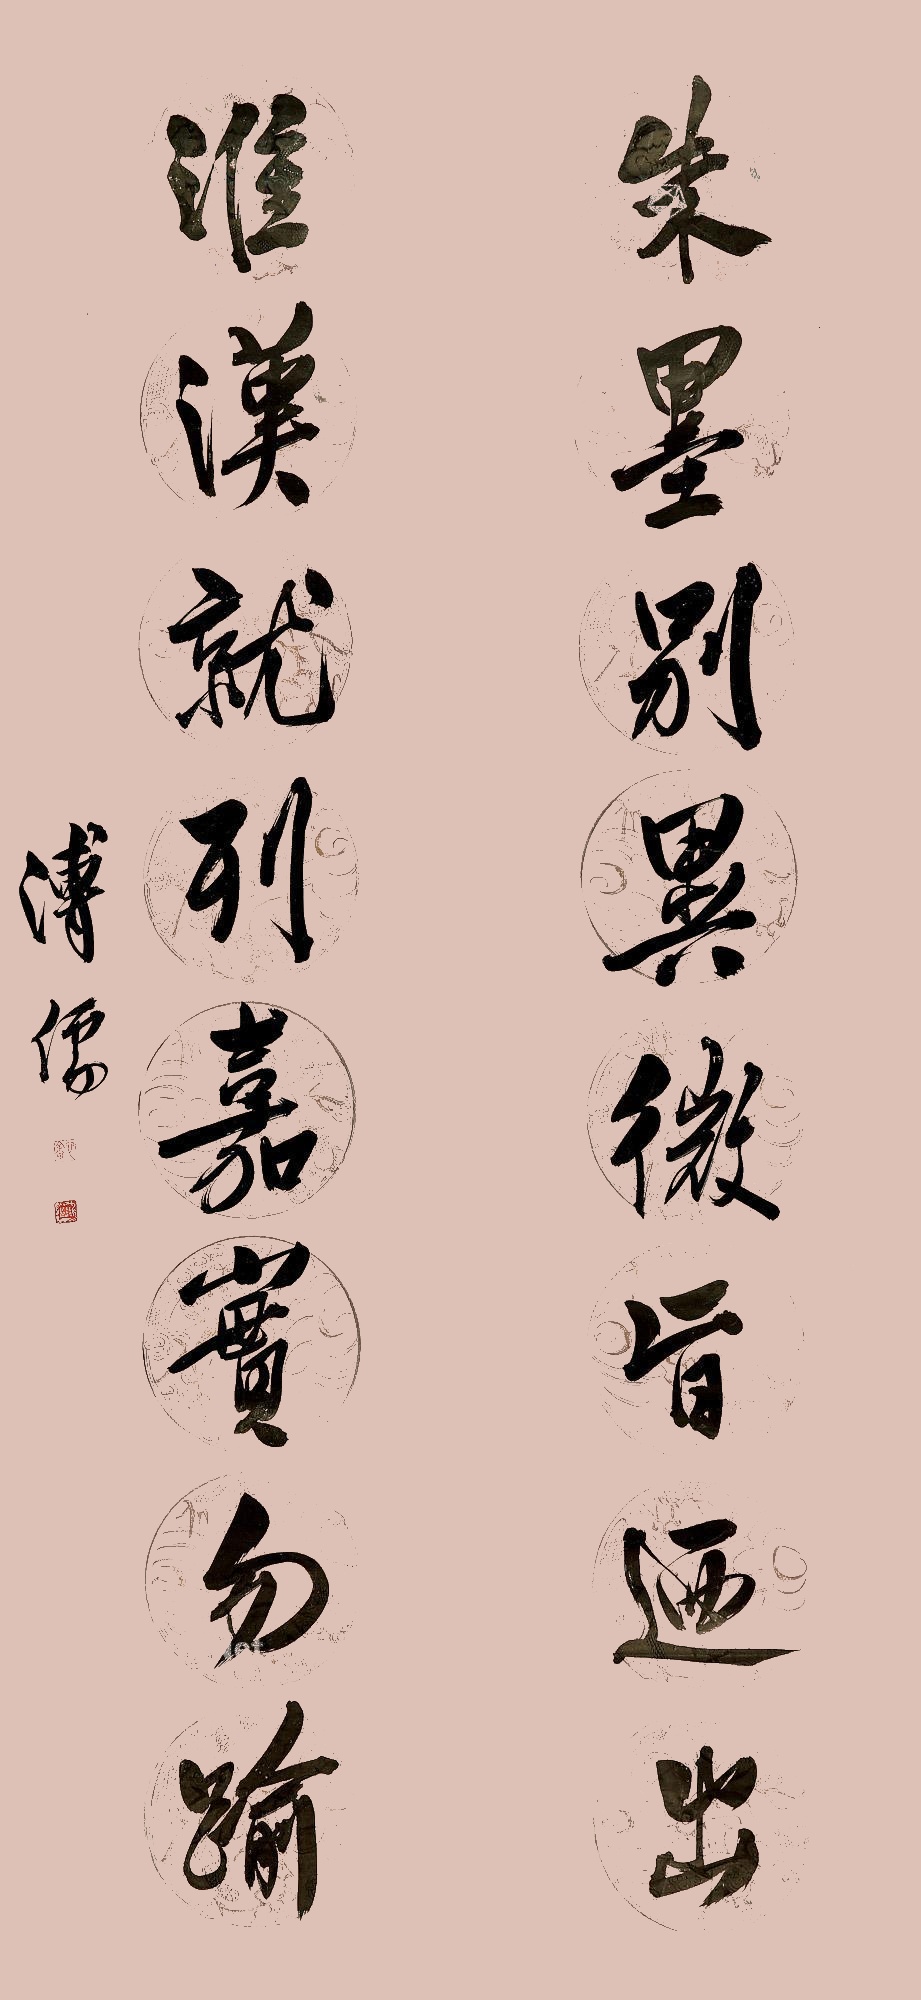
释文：朱墨别异微旨乃出，淮汉就列嘉宾勿逾。溥儒。